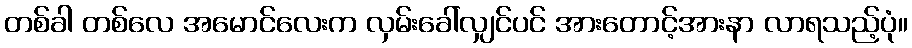
တစ်ခါ တစ်လေ အမောင်လေးက လှမ်းခေါ်လျှင်ပင် အားတောင့်အားနာ လာရသည့်ပုံ။